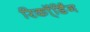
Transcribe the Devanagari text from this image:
रिकॉ्र्डिंग